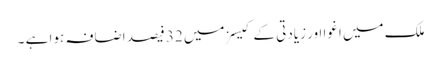
ملک میں اغوا اور زیادتی کے کیسزمیں 32 فیصد اضافہ ہوا ہے ۔